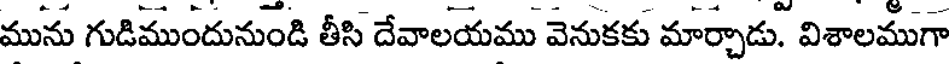
మును గుడిముందునుండి తీసి దేవాలయము వెనుకకు మార్చాడు. విశాలముగా